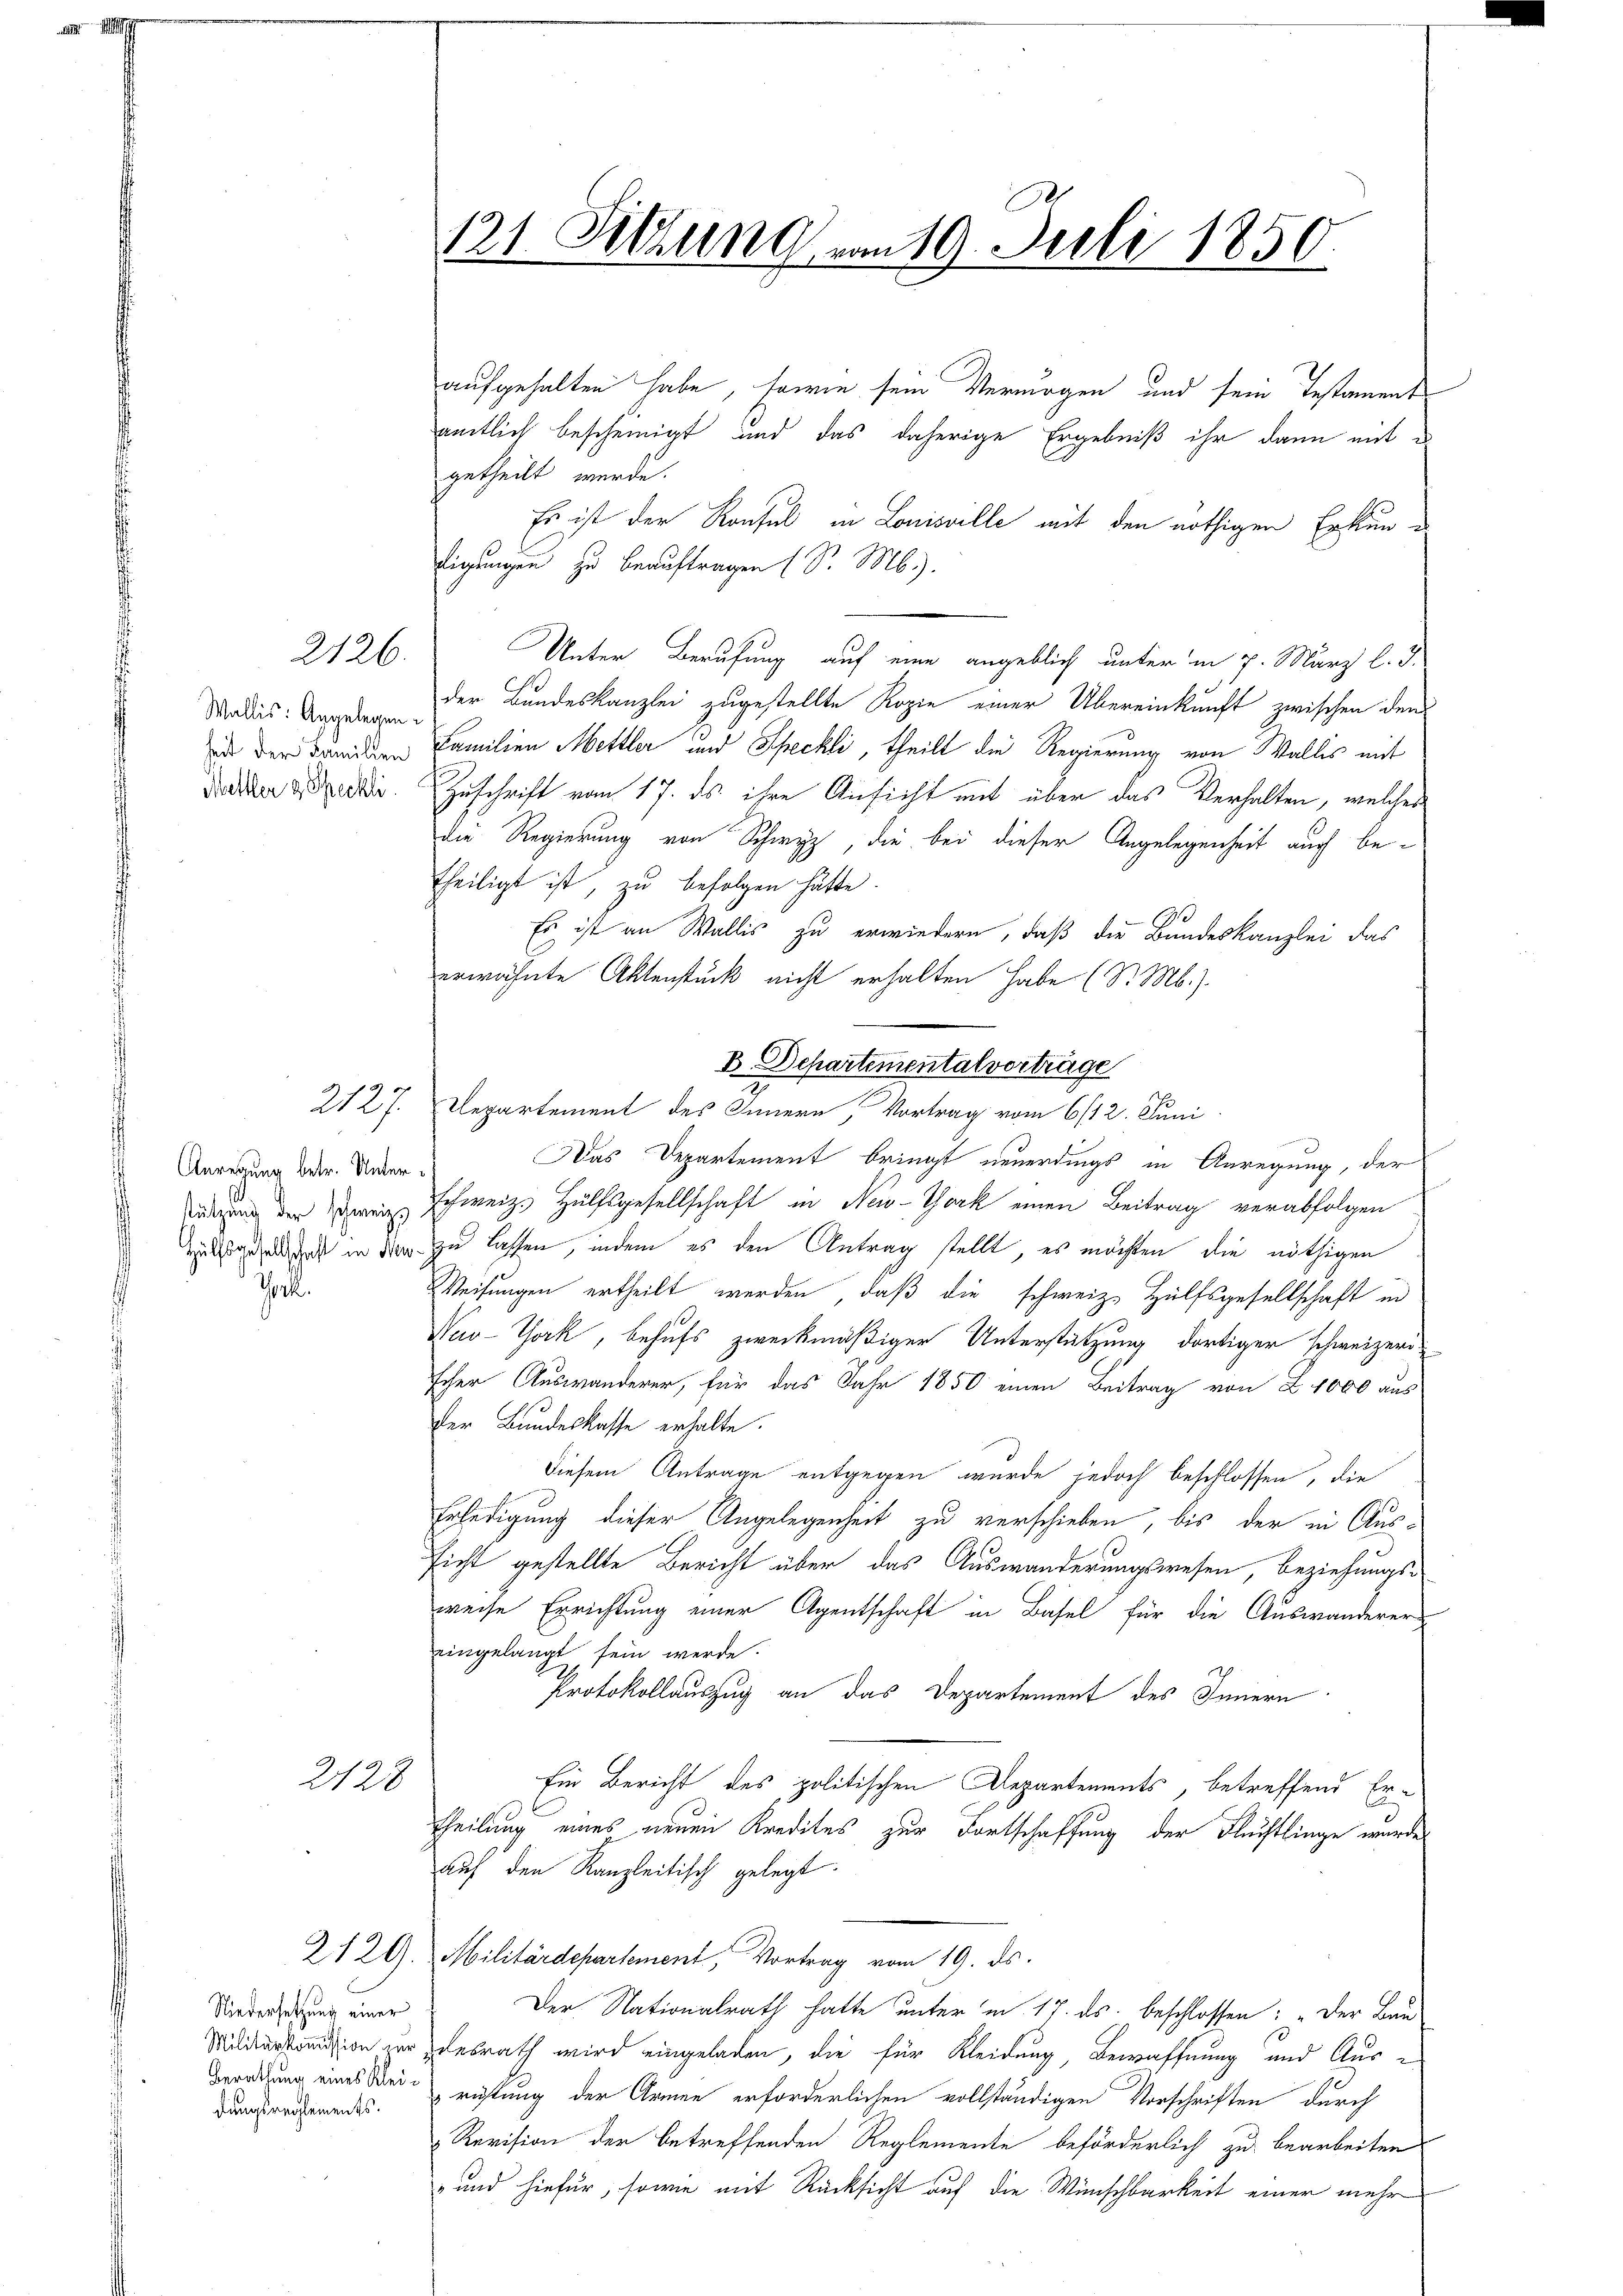
4

Wallis: Angelegen.
heit der Familien
Mettler & Speckli

2126.

Anregung betr. Unterstützung der schweiz.
Hülfsgesellschaft in Ma
Grk.

2127

2123

Niedersetzung einer
Militärkommission zur
Berathung eines Kleidungsreglements.

121. Sitzung von 19. Juli 1850.

aufgehalten habe, sowie sein Vermögen und sein Testament
amtlich bescheinigt und das daherige Ergebniß ihr dann mitgetheilt wurde.
Es ist der Konsul in Louisville mit den nöthigen Erkuntigungen zu beauftragen (S. Mb).
Unter Berufung auf eine angeblich unter in 7. März l. J.
der Bundeskanzlei zugestellte Kopie einer Übereinkunft zwischen den
Familien Mettler und Speckli, theilt die Regierung von Wallis mit
Zuschrift vom 17. ds. ihre Ansicht mit über das Verhalten, welcher
die Regierung von Schwyz, die bei dieser Angelegenheit auch betheiligt ist, zu befolgen hätte.
1
Es ist an Wallis zu erwiedern, daß die Bundeskanzlei das
erwähnte Aktenstück nicht erhalten habe (S. Mb.).
schweiz. Hülfsgesellschaft in New-York einen Beitrag verabfolgen
zu lassen, indem es den Antrag stellt, es möchten die nöthigen
Weisungen ertheilt werden, daß die schweiz. Hülfsgesellschaft in
New-York, behufs zweckmäßiger Unterstützung dortiger schweizeri
scher Auswanderer, für das Jahr 1850 einen Beitrag von Z. 1000 aus
Der Bundeskasse erhalte.
Diesem Antrage entgegen wurde jedoch beschlossen, die
Erledigung dieser Angelegenheit zu verschieben, bis der in Aussicht gestellte Bericht über das Auswanderungswesen, beziehungsweise Errichtung einer Agentschaft in Basel für die Auswanderer
eingelangt sein werde.
Protokollauszug an das Departement des Innern
Ein Bericht des politischen Departements, betreffend Er-
theilung eines neuen Kredites zur Fortschaffung der Fluchtlinge wurde
auf den Kanzleitisch gelegt.
2120. Militärdepartement, Vortrag vom 19. ds.
Der Nationalrath hatte unter in 17. ds. beschlossen: „Der Bau
desrath wird eingeladen, die für Kleidung, Bewaffnung und Aus-
richtung der Armen erforderlichen vollständigen Vorschriften durch
Revision der betreffenden Reglemente beförderlich zu bearbeiten
und hiefür, sowie mit Rücksicht auf die Wünschbarkeit einer mehr

B. Departementalverträge
Departement des Innern, Vortrag vom 6/12. Juni
Das Departement bringt neuerdings in Anregung, der